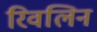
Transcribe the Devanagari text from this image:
रिवलिन